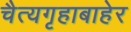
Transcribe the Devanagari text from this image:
चैत्यगृहाबाहेर